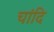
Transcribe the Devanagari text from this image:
चांदि